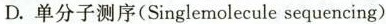
D.单分子测序(Singlemolecule sequencing)